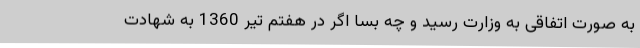
به صورت اتفاقی به وزارت رسید و چه بسا اگر در هفتم تیر 1360 به شهادت